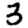
Digit: 3